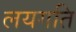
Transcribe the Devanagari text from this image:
लयगति